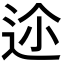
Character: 𨒛